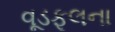
વૂડફૂલના